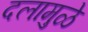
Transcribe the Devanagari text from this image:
दलामुळे